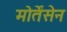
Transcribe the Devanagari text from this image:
मोर्तेंसेन